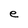
Character: e